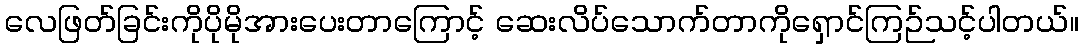
လေဖြတ်ခြင်းကိုပိုမိုအားပေးတာကြောင့် ဆေးလိပ်သောက်တာကိုရှောင်ကြဉ်သင့်ပါတယ်။